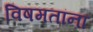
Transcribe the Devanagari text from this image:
विषमतांना